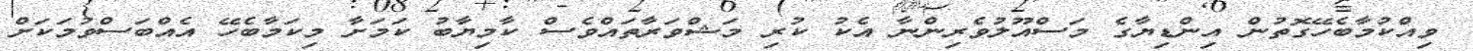
ވިއްކުމާބެހޭގޮތުން އިންޑިޔާގެ މަސްއޫލުވެރިންނާ އެކު ކުރި މަޝްވަރާތައްވެސް ކާމިޔާބު ކަމަށާ މިކަމާބެހޭ އެއްބަސްވުމަކަށް